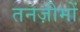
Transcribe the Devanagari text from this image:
तनज़ीमों